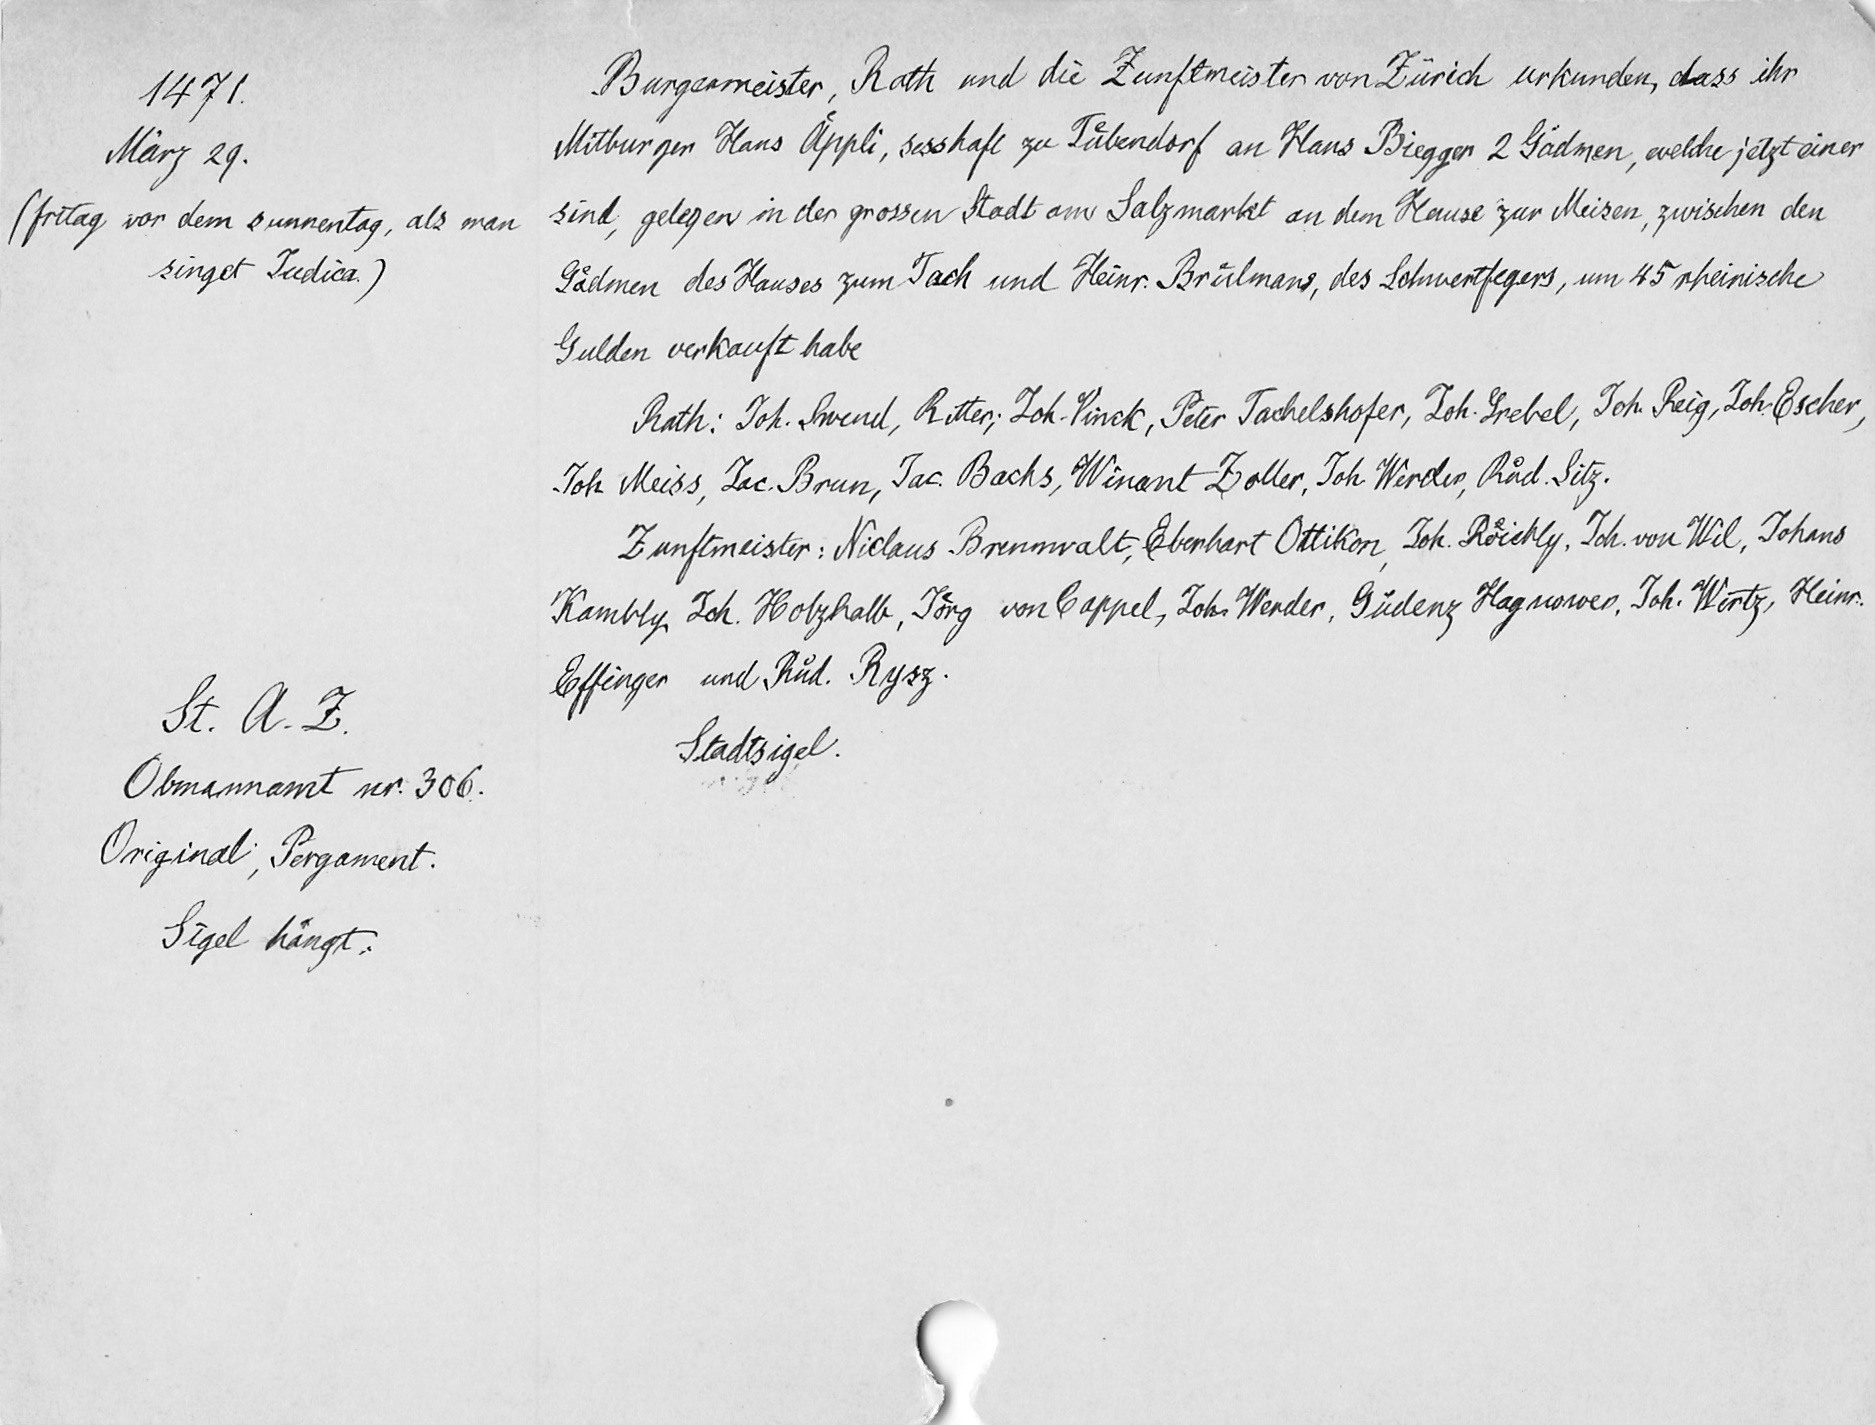
1471.
März 29.
(fritag vor dem sunnentag, als man
singet Judica.)
St. A. Z.
Obmannamt nr. 306.
Original, Pergament.
Sigel hängt.

Burgermeister, Rath und die Zunftmeister von Zürich urkunden, dass ihr
Mitburger Hans Aͤppli, sesshaft zu Tuͤbendorf an Klaus Biegger 2 Gädmen, welche jetzt einer
sind, gelegen in der grossen Stadt am Salzmarkt an dem Hause zur Meisen, zwischen den
Gaͤdmen des Hauses zum Tach und Heinr. Bruͤlmans, des Schwertfegers, um 45 rheinische
Gulden verkauft habe
Rath: Joh. Swend, Ritter; Joh. Vinck, Peter Tachelshofer, Joh. Grebel, Joh. Reig, Joh. Escher,
Joh, Meiss, Jac. Brun, Jac. Bachs, Winant Zoller, Joh. Werder, Rud. Sitz.
Zunftmeister: Niclaus Brennwalt, Eberhart Ottikon, Joh. Roͤichly, Joh. von Wil, Johans
Kambly, Joh. Holzhalb, Joͤrg von Cappel, Joh. Werder, Güdenz Hagnower, Joh. Wirtz, Heinr.
Effinger und Ruͦd. Rysz.
Stadtsigel.